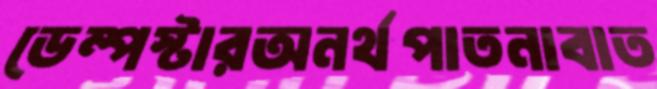
ডেম্পস্টারঅনর্থপাতনাবাত